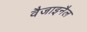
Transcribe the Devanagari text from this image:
वैजाइनैल